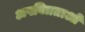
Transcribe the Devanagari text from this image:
अपवित्रताओं